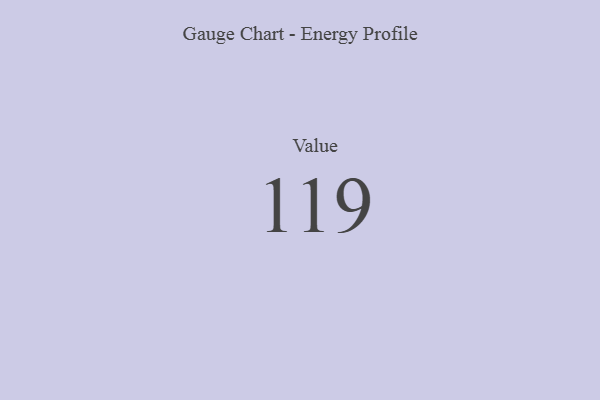
{"axis": {"x": "Metric", "y": "Value"}, "legend": [""], "data": [{"x": "Value", "y": 119, "type": ""}]}